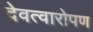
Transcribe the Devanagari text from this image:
देवत्वारोपण